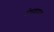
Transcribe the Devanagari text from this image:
प्रेषणापत्र